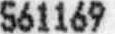
561169